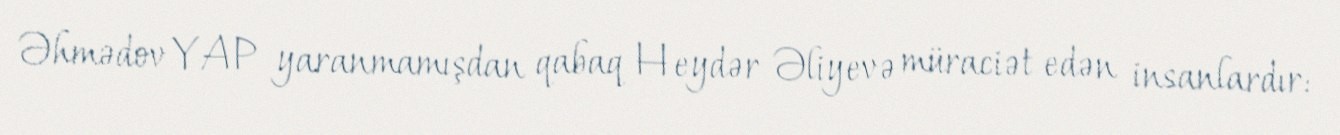
Əhmədov YAP yaranmamışdan qabaq Heydər Əliyevə müraciət edən insanlardır: